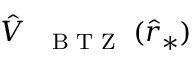
\hat { V } _ { \mathrm { ~ { ~ \scriptsize ~ B ~ T ~ Z ~ } ~ } } ( \hat { r } _ { * } )